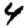
Digit: 4